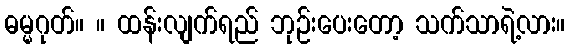
ဓမ္မဂုတ်။ ။ ထန်းလျက်ရည် ဘုဉ်းပေးတော့ သက်သာရဲ့လား။